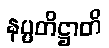
နပ္ပတိဋ္ဌာတိ